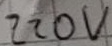
Text: 220V